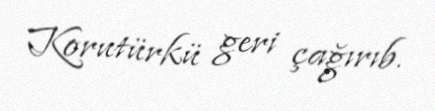
Korutürkü geri çağırıb.